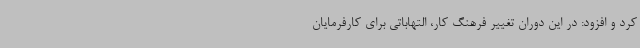
کرد و افزود: در این دوران تغییر فرهنگ کار، التهاباتی برای کارفرمایان